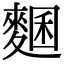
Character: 𪍁